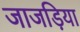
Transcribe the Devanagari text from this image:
जाजड़िया